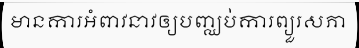
មានការអំពាវនាវឲ្យបញ្ឈប់ការព្យួរសភា